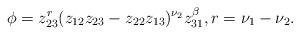
LaTeX: \begin{align*}\phi=z_{23}^r (z_{12}z_{23}-z_{22}z_{13})^{\nu_2} z_{31}^{\beta},r=\nu_1-\nu_2.\end{align*}